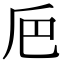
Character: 𠂬